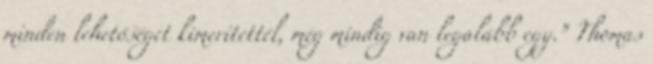
minden lehetőséget kimerítettél, még mindig van legalább egy.” Thomas